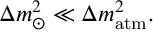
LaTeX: \Delta m _ { \odot } ^ { 2 } \ll \Delta m _ { \mathrm { a t m } } ^ { 2 } .